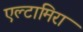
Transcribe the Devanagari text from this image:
एल्टामिरा